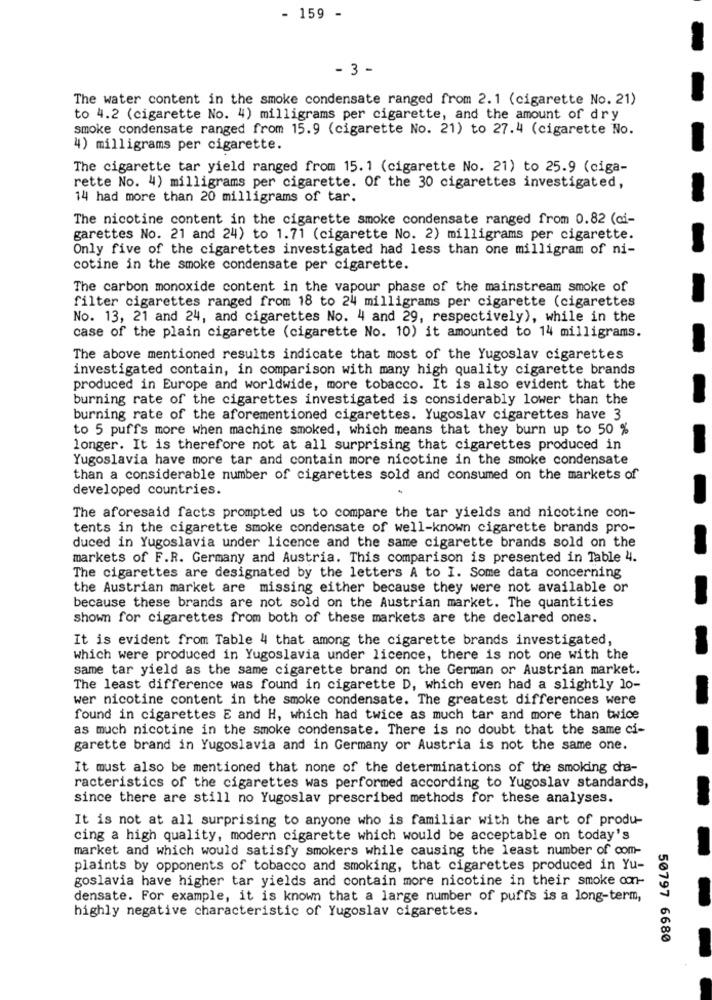
- 159 -
- 3 -
The water content in the smoke condensate ranged from 2.1 (cigarette No. 21)
to 4.2 (cigarette No. 4) milligrams per cigarette, and the amount of dry
smoke condensate ranged from 15.9 (cigarette No. 21) to 27.4 (cigarette No.
4) milligrams per cigarette.
The cigarette tar yield ranged from 15. 1 (cigarette No. 21) to 25.9 (ciga-
rette No. 4) milligrams per cigarette. Of the 30 cigarettes investigated,
14 had more than 20 milligrams of tar.
The nicotine content in the cigarette smoke condensate ranged from 0.82 (ci-
garettes No. 21 and 24) to 1.71 (cigarette No. 2) milligrams per cigarette.
Only five of the cigarettes investigated had less than one milligram of ni-
cotine in the smoke condensate per cigarette.
The carbon monoxide content in the vapour phase of the mainstream smoke of
filter cigarettes ranged from 18 to 24 milligrams per cigarette (cigarettes
No. 13, 21 and 24, and cigarettes No. 4 and 29, respectively), while in the
case of the plain cigarette (cigarette No. 10) it amounted to 14 milligrams.
The above mentioned results indicate that most of the Yugoslav cigarettes
investigated contain, in comparison with many high quality cigarette brands
produced in Europe and worldwide, more tobacco. It is also evident that the
burning rate of the cigarettes investigated is considerably lower than the
burning rate of the aforementioned cigarettes. Yugoslav cigarettes have 3
to 5 puffs more when machine smoked, which means that they burn up to 50 %
longer. It is therefore not at all surprising that cigarettes produced in
Yugoslavia have more tar and contain more nicotine in the smoke condensate
than a considerable number of cigarettes sold and consumed on the markets of
developed countries.
The aforesaid facts prompted us to compare the tar yields and nicotine con-
tents in the cigarette smoke condensate of well-known cigarette brands pro-
duced in Yugoslavia under licence and the same cigarette brands sold on the
markets of F.R. Germany and Austria. This comparison is presented in Table 4.
The cigarettes are designated by the letters A to I. Some data concerning
the Austrian market are missing either because they were not available or
because these brands are not sold on the Austrian market. The quantities
shown for cigarettes from both of these markets are the declared ones.
It is evident from Table 4 that among the cigarette brands investigated,
which were produced in Yugoslavia under licence, there is not one with the
same tar yield as the same cigarette brand on the German or Austrian market.
The least difference was found in cigarette D, which even had a slightly lo-
wer nicotine content in the smoke condensate. The greatest differences were
found in cigarettes E and H, which had twice as much tar and more than twice
as much nicotine in the smoke condensate. There is no doubt that the same ci-
garette brand in Yugoslavia and in Germany or Austria is not the same one.
It must also be mentioned that none of the determinations of the smoking cha-
racteristics of the cigarettes was performed according to Yugoslav standards,
since there are still no Yugoslav prescribed methods for these analyses.
It is not at all surprising to anyone who is familiar with the art of produ-
cing a high quality, modern cigarette which would be acceptable on today's
market and which would satisfy smokers while causing the least number of com-
plaints by opponents of tobacco and smoking, that cigarettes produced in Yu-
goslavia have higher tar yields and contain more nicotine in their smoke con-
densate. For example, it is known that a large number of puffs is a long-term,
highly negative characteristic of Yugoslav cigarettes.
50797 6680